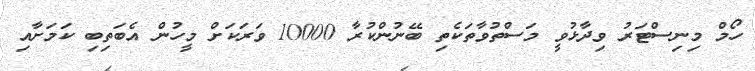
ހޯމް މިނިސްޓަރު ވިދާޅުވީ މަސްތުވާތަކެތި ބޭނުންކުރާ 10000 ވަރަކަށް މީހުން އެބަތިބި ކަމަށާއި